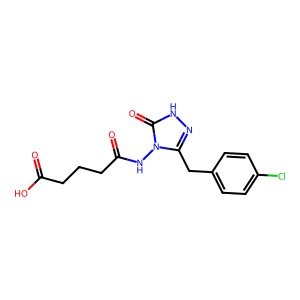
SMILES: O=C(O)CCCC(=O)Nn1c(Cc2ccc(Cl)cc2)n[nH]c1=O
Inhibits HIV replication: No